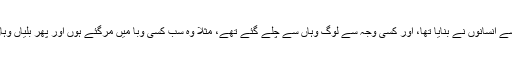
’’لیکن ایسا لگتا ہے کہ اسے انسانوں نے بنایا تھا، اور کسی وجہ سے لوگ وہاں سے چلے گئے تھے، مثلاً وہ سب کسی وبا میں مرگئے ہوں اور پھر بلّیاں وہاں رہنے کے لئے آگئیں”۔